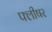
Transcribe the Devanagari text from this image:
फ्लीषर